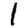
Digit: 1